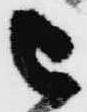
被